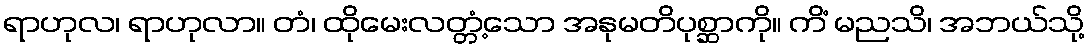
ရာဟုလ၊ ရာဟုလာ။ တံ၊ ထိုမေးလတ္တံ့သော အနုမတိပုစ္ဆာကို။ ကိံ မညသိ၊ အဘယ်သို့